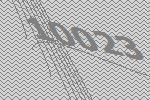
10023